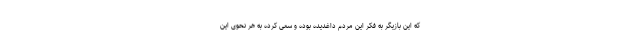
که این بازیگر به فکر این مردم داغدیده بوده و سعی کرده به هر نحوی این